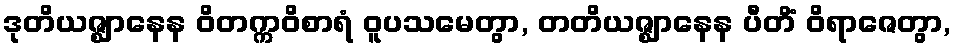
ဒုတိယဇ္ဈာနေန ဝိတက္ကဝိစာရံ ဝူပသမေတွာ, တတိယဇ္ဈာနေန ပီတိံ ဝိရာဇေတွာ,